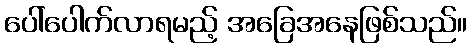
ပေါ်ပေါက်လာရမည့် အခြေအနေဖြစ်သည်။